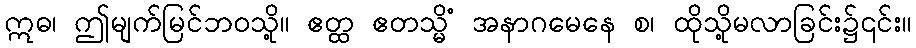
ဣဓ၊ ဤမျက်မြင်ဘဝသို့။ ဧတ္ထ ဧတသ္မိံ အနာဂမေနေ စ၊ ထိုသို့မလာခြင်း၌၎င်း။